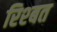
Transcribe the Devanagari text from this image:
रिश्बत